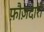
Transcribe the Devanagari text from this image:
फ़ौज़दारी